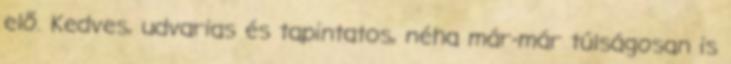
elő. Kedves, udvarias és tapintatos, néha már-már túlságosan is